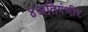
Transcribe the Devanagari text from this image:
४अतिगंभीर